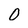
Character: 0